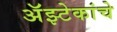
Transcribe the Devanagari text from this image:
अॅझ्टेकांचे